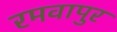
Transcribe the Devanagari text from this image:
रमवापुर